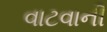
વાટવાની